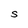
Character: S